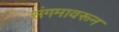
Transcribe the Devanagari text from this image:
संगमावरून